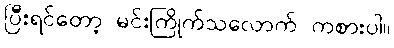
ပြီးရင်တော့ မင်းကြိုက်သလောက် ကစားပါ။